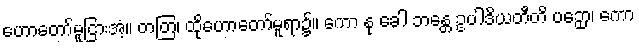
ဟောတော်မူငြားအံ့။ တတြ၊ ထိုဟောတော်မူရာ၌။ ကော နု ခေါ ဘန္တေ ဥပါဒိယတီတိ ပဉှော၊ ကော